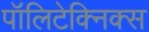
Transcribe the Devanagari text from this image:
पॉलिटेक्निक्स